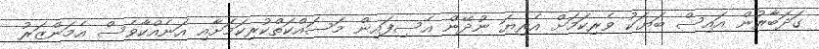
ގަދަބާރުން އައިސް ބަޔަކު ވެރިކަމަށް އެރިޔަ ނުދޭން އެސިފައިން މަސައްކަތްކުރިކަމަށާއި އަނެއްކާވެސް އެމަންޒަރު